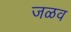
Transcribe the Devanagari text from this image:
जळव